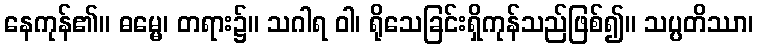
နေကုန်၏။ ဓမ္မေ၊ တရား၌။ သဂါရ ဝါ၊ ရိုသေခြင်းရှိကုန်သည်ဖြစ်၍။ သပ္ပတိဿာ၊